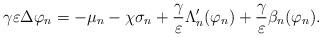
LaTeX: \begin{align*} \gamma \varepsilon \Delta \varphi_{n} = - \mu_{n} - \chi \sigma_{n} + \frac{\gamma}{\varepsilon} \Lambda_{n}'(\varphi_{n}) + \frac{\gamma}{\varepsilon} \beta_{n}(\varphi_{n}).\end{align*}